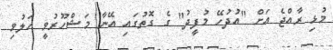
މުޅި ރާއްޖެ އަށް "އުދުހޭ މުފީދު" ގެ ގޮތުގައި އޭނާ މަޝްހޫރުވީ ހަލުވި